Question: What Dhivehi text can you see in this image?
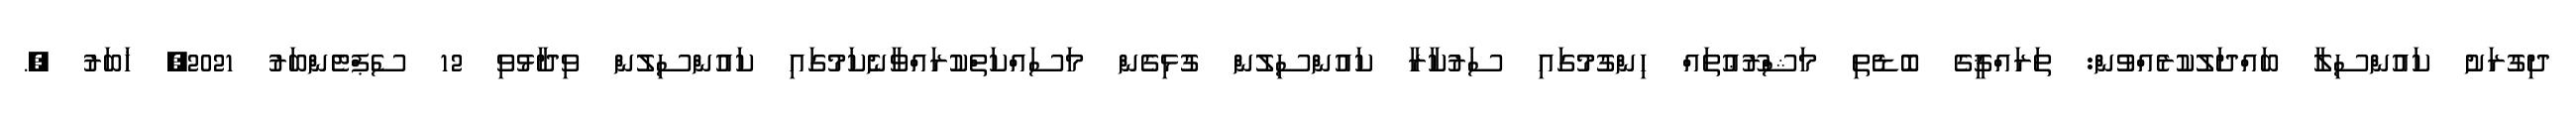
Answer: ދިގުރަށު ކައުންސިލާ ބައްދަލުކުރެއްވުން: ތަރައްޤީގެ ބޮޑެތި މަޝްރޫޢުތައް ހިންގުމުގައި ސަރުކާރާ ކައުންސިލުން ގުޅިގެން މަސައްކަތްކުރައްވާނެކަމުގައި ކައުންސިލުން ވިދާޅުވި 12 ސެޕްޓެންބަރު 2021, ޚަބަރު ;.